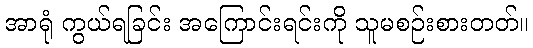
အာရုံ ကွယ်ရခြင်း အကြောင်းရင်းကို သူမစဉ်းစားတတ်။